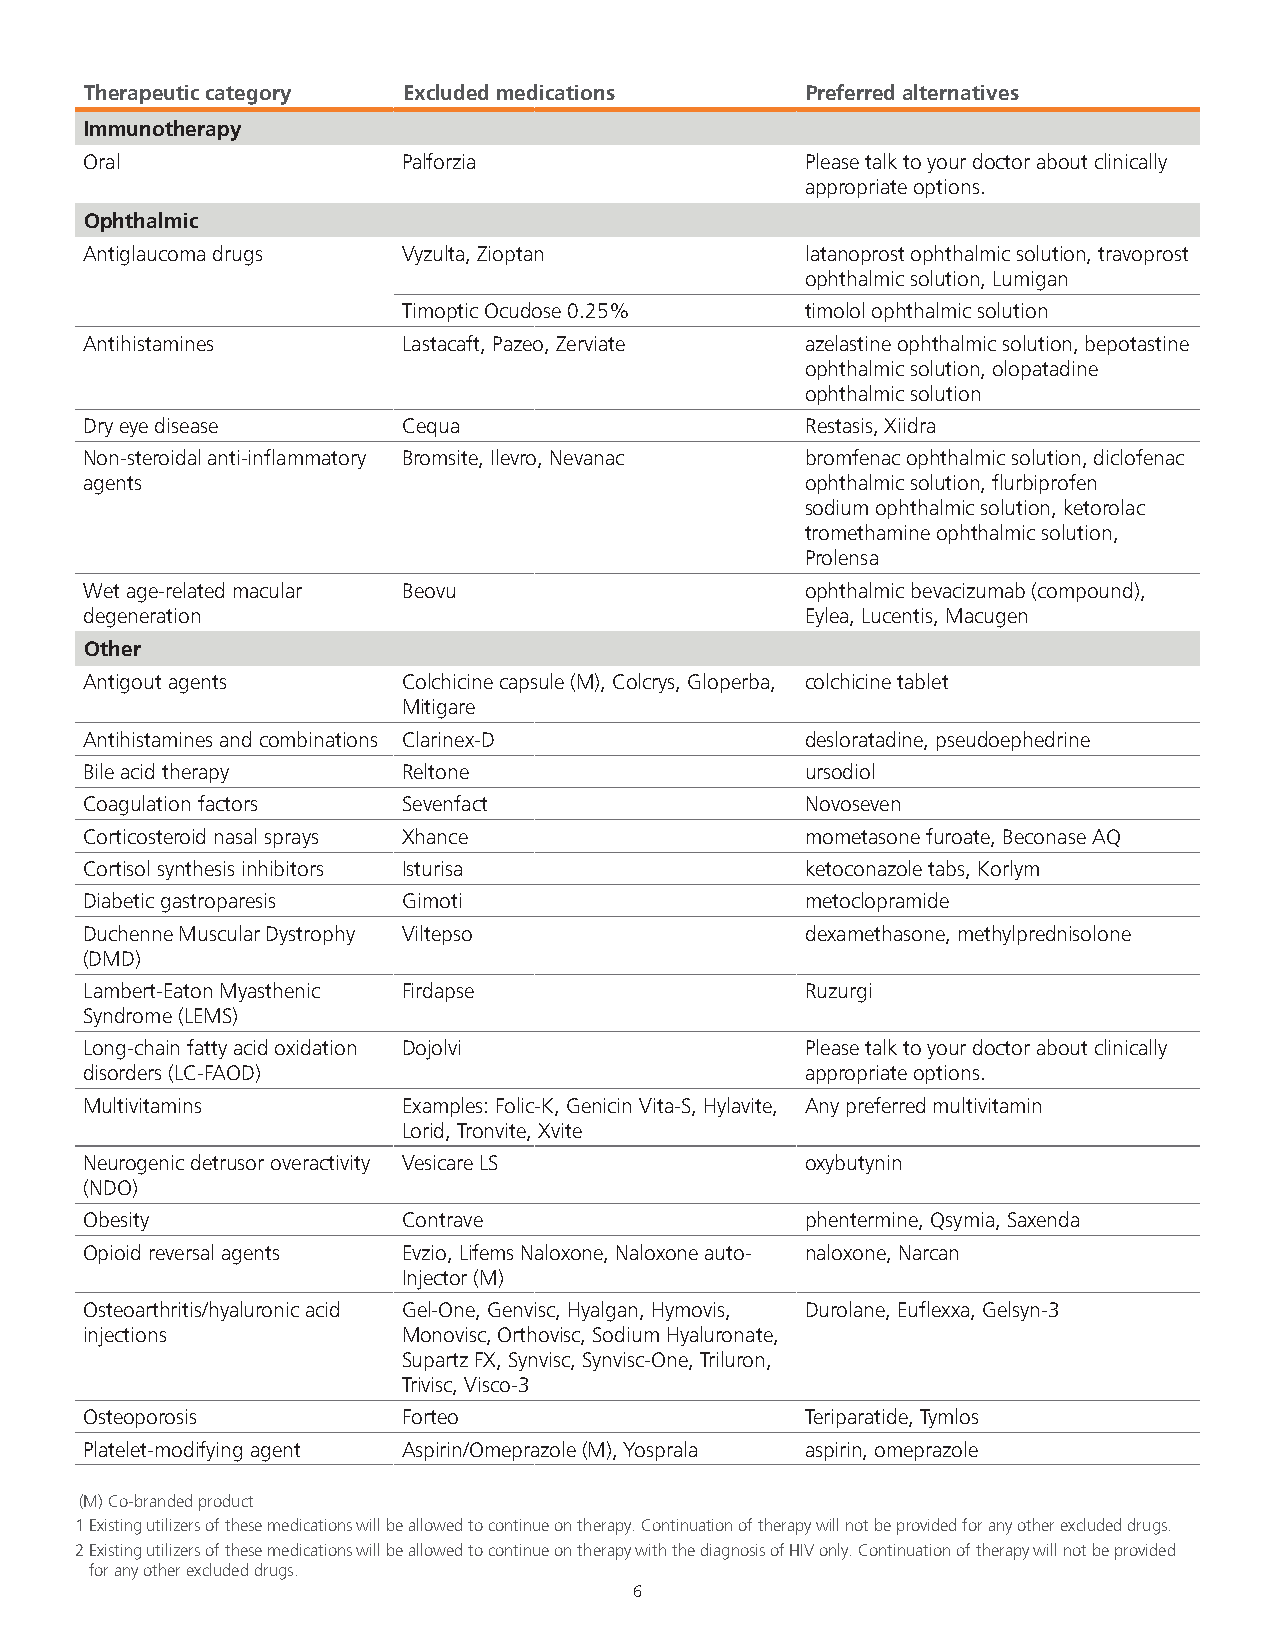
Therapeutic category Excluded medications      Preferred alternatives
 Immunotherapy
 Oral                 Palforzia                 Please talk to your doctor about clinically
 appropriate options.
 Ophthalmic
 Antiglaucoma drugs   Vyzulta, Zioptan          latanoprost ophthalmic solution, travoprost
 ophthalmic solution, Lumigan
 Timoptic Ocudose 0.25%    timolol ophthalmic solution
 Antihistamines       Lastacaft, Pazeo, Zerviate azelastine ophthalmic solution, bepotastine
 ophthalmic solution, olopatadine
 ophthalmic solution
 Dry eye disease      Cequa                     Restasis, Xiidra
 Non-steroidal anti-inflammatory Bromsite, Ilevro, Nevanac bromfenac ophthalmic solution, diclofenac
 agents                                         ophthalmic solution, flurbiprofen
 sodium ophthalmic solution, ketorolac
 tromethamine ophthalmic solution,
 Prolensa
 Wet age-related macular Beovu                  ophthalmic bevacizumab (compound),
 degeneration                                   Eylea, Lucentis, Macugen
 Other
 Antigout agents      Colchicine capsule (M), Colcrys, Gloperba, colchicine tablet
 Mitigare
 Antihistamines and combinations Clarinex-D     desloratadine, pseudoephedrine
 Bile acid therapy    Reltone                   ursodiol
 Coagulation factors  Sevenfact                 Novoseven
 Corticosteroid nasal sprays Xhance             mometasone furoate, Beconase AQ
 Cortisol synthesis inhibitors Isturisa         ketoconazole tabs, Korlym
 Diabetic gastroparesis Gimoti                  metoclopramide
 Duchenne Muscular Dystrophy Viltepso           dexamethasone, methylprednisolone
 (DMD)
 Lambert-Eaton Myasthenic Firdapse              Ruzurgi
 Syndrome (LEMS)
 Long-chain fatty acid oxidation Dojolvi        Please talk to your doctor about clinically
 disorders (LC-FAOD)                            appropriate options.
 Multivitamins        Examples: Folic-K, Genicin Vita-S, Hylavite, Any preferred multivitamin
 Lorid, Tronvite, Xvite
 Neurogenic detrusor overactivity Vesicare LS   oxybutynin
 (NDO)
 Obesity              Contrave                  phentermine, Qsymia, Saxenda
 Opioid reversal agents Evzio, Lifems Naloxone, Naloxone auto- naloxone, Narcan
 Injector (M)
 Osteoarthritis/hyaluronic acid Gel-One, Genvisc, Hyalgan, Hymovis, Durolane, Euflexxa, Gelsyn-3
 injections           Monovisc, Orthovisc, Sodium Hyaluronate,
 Supartz FX, Synvisc, Synvisc-One, Triluron,
 Trivisc, Visco-3
 Osteoporosis         Forteo                    Teriparatide, Tymlos
 Platelet-modifying agent Aspirin/Omeprazole (M), Yosprala aspirin, omeprazole
 (M) Co-branded product
 1 Existing utilizers of these medications will be allowed to continue on therapy. Continuation of therapy will not be provided for any other excluded drugs.
 2 Existing utilizers of these medications will be allowed to continue on therapy with the diagnosis of HIV only. Continuation of therapy will not be provided
 for any other excluded drugs.
 6